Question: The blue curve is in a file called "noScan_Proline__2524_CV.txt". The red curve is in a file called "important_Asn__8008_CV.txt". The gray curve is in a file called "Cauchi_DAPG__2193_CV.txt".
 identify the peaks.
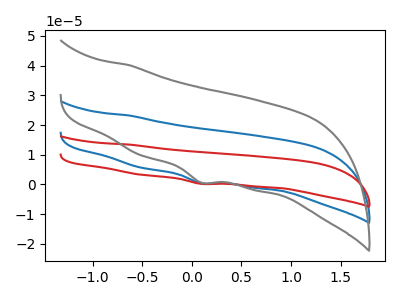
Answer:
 <answer>The blue curve "Proline" has a cathodic peak at: (0.10V, 0.35uA). The red curve "Asn" has a cathodic peak at: (0.10V, 0.70uA). The gray curve "DAPG" has a cathodic peak at: (0.10V, 0.60uA).</answer>
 <eval></eval>